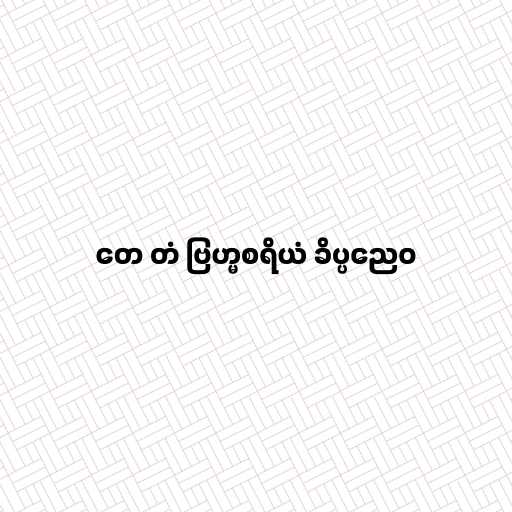
တေ တံ ဗြဟ္မစရိယံ ခိပ္ပညေဝ